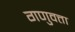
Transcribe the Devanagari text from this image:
गणुवत्ता